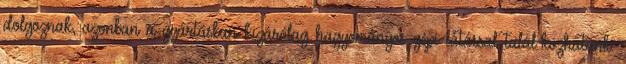
dolgoznak, azonban a gyártásban kizárólag hagyományos gépi látással talál-kozhatunk.